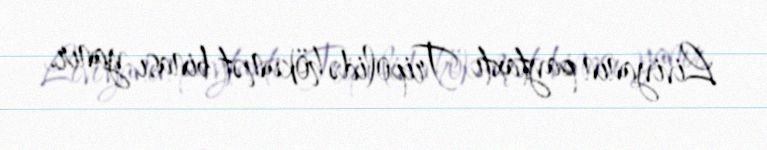
Liviyanın paytaxtı Tripolidə hökumət binası yanır.